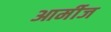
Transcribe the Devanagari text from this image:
आर्मीज